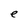
Character: e